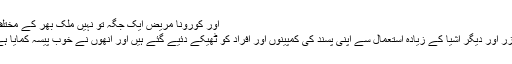
اور کورونا مریض ایک جگہ تو نہیں ملک بھر کے مختلف شہروں میں ہیں )
’’ ماسک ، سینی ٹائزر اور دیگر اشیا کے زیادہ استعمال سے اپنی پسند کی کمپینوں اور افراد کو ٹھیکے دئیے گئے ہیں اور انھوں نے خوب پیسہ کمایا ہے‘‘ ( ممکنہ جواب ۔